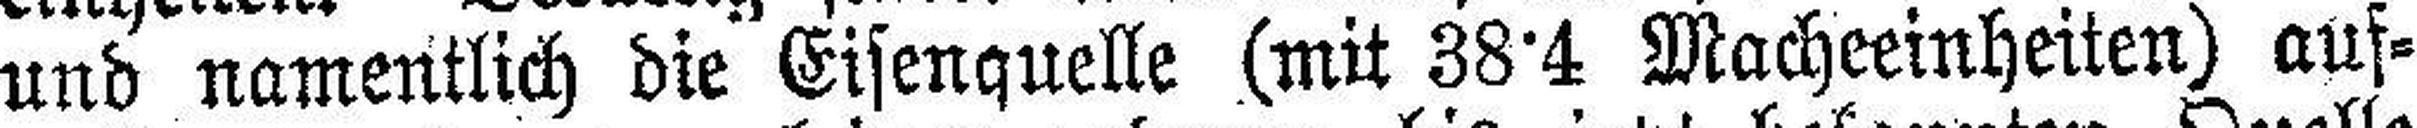
und namentlich die Eisenquelle (mit 38°4 Macheeinheiten) aus¬